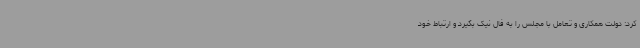
کرد: دولت همکاری و تعامل با مجلس را به فال نیک بگیرد و ارتباط خود